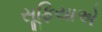
સૂફિયાએ